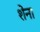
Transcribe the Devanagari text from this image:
शेना